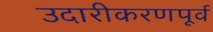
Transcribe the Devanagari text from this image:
उदारीकरणपूर्व